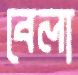
বেলা